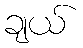
ချယ်